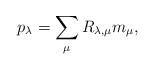
LaTeX: \begin{align*} p_\lambda = \sum_\mu R_{\lambda,\mu} m_\mu,\end{align*}